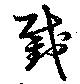
截